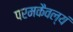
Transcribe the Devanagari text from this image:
परमकैवल्यं